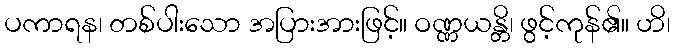
ပကာရန၊ တစ်ပါးသော အပြားအားဖြင့်။ ဝဏ္ဏယန္တိ၊ ဖွင့်ကုန်၏။ ဟိ၊